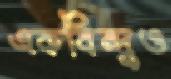
একবিন্দুও